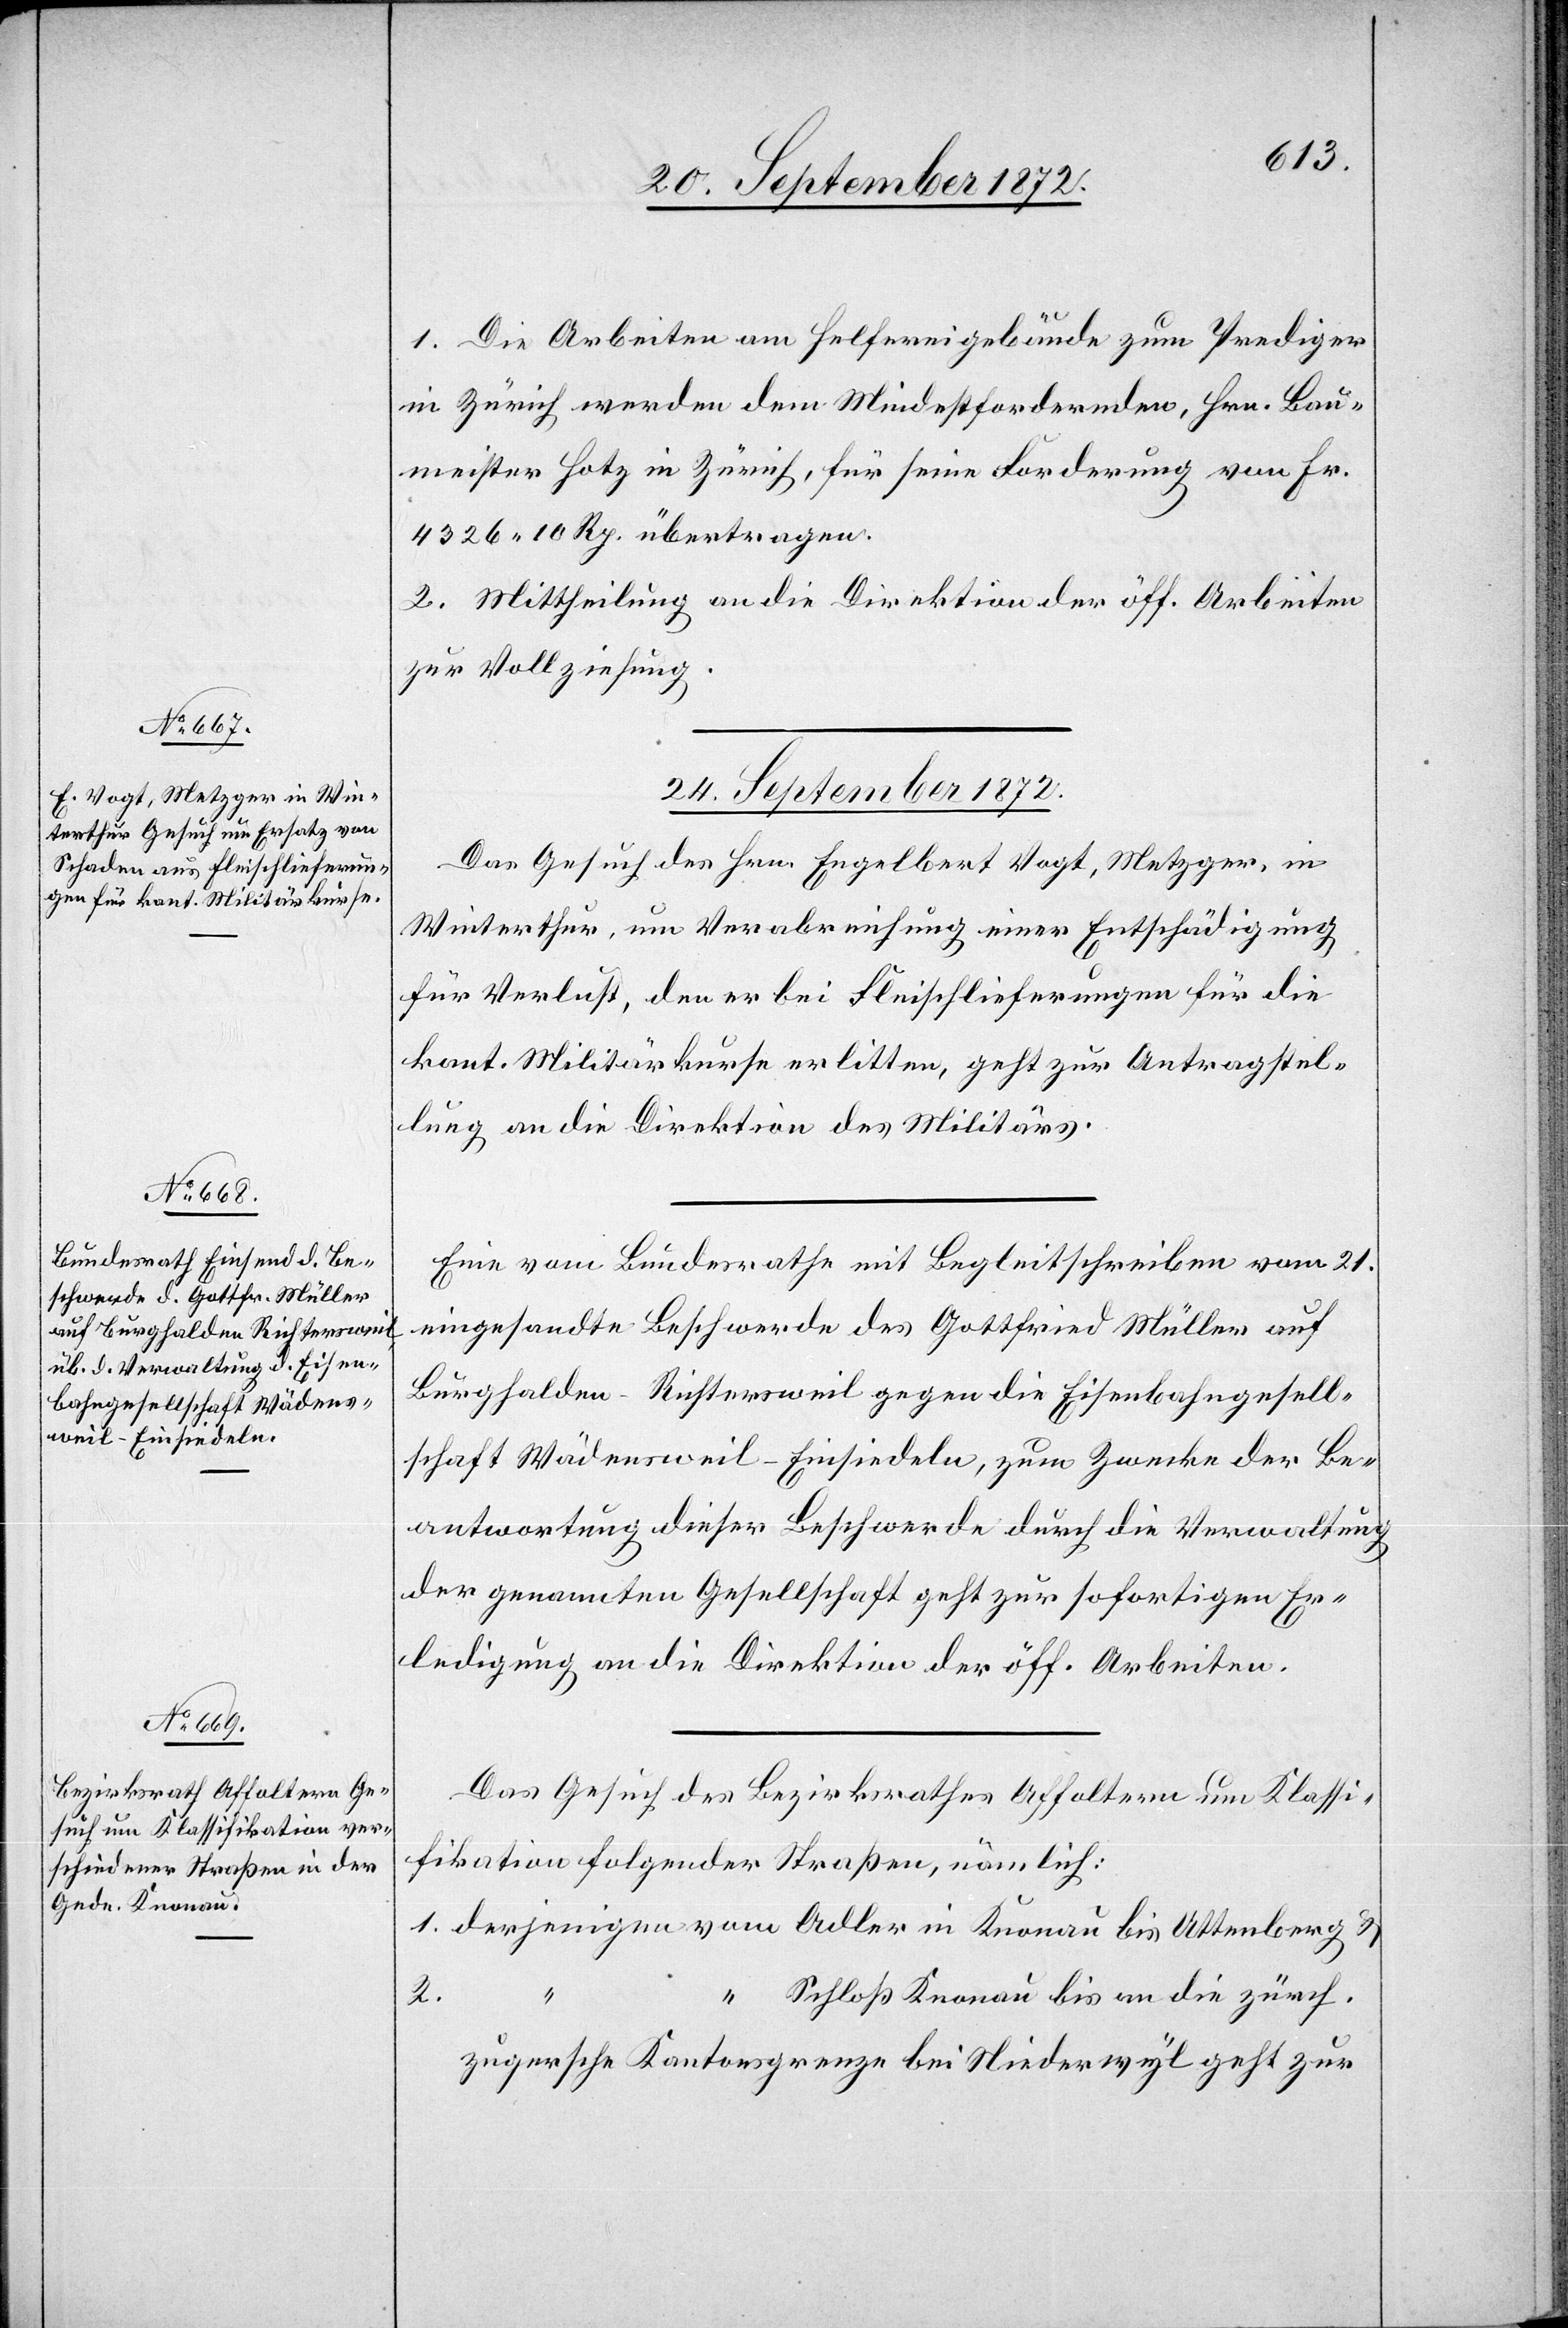
24. September 1872.]
1. Die Arbeiten am Helfereigebäude zum Prediger
in Zürich werden dem Mindestfordernden, Hrn. Bau¬
meister Hotz in Zürich, für seine Forderung von Fr.
4326 10 Rp. übertragen.
2. Mittheilung an die Direktion der öff. Arbeiten
zur Vollziehung.
24. September 1872.
Das Gesuch des Hrn. Engelbert Vogt, Metzger, in
Winterthur, um Verabreichung einer Entschädigung
für Verlust, den er bei Fleischlieferungen für die
kant. Militärkurse erlitten, geht zur Antragstel¬
lung an die Direktion des Militärs.
Eine vom Bundesrathe mit Begleitschreiben vom 21.
eingesandte Beschwerde des Gottfried Müller auf
Burghalden-Richtersweil gegen die Eisenbahngesell¬
schaft Wädensweil–Einsiedeln, zum Zwecke der Be¬
antwortung dieser Beschwerde durch die Verwaltung
der genannten Gesellschaft geht zur sofortigen Er¬
ledigung an die Direktion der öff. Arbeiten.
Das Gesuch des Bezirksrathes Affoltern um Klassi¬
fikation folgender Straßen, nämlich:
Schloß Knonau bis an die zürch.
zugersche Kantonsgrenze bei Niederwyl geht zur

2.